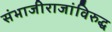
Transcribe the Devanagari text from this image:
संभाजीराजांविरुद्ध